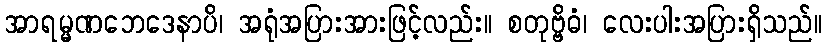
အာရမ္မဏဘေဒေနာပိ၊ အရုံအပြားအားဖြင့်လည်း။ စတုဗ္ဗိဓံ၊ လေးပါးအပြားရှိသည်။